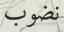
نضوب